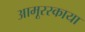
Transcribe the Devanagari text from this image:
आमूरस्काया